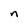
Character: n